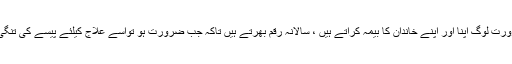
بنا ضرورت لوگ اپنا اور اپنے خاندان کا بیمہ کراتے ہیں ، سالانہ رقم بھرتے ہیں تاکہ جب ضرورت ہو تواسے علاج کیلئے پیسے کی تنگی نہ ہو۔